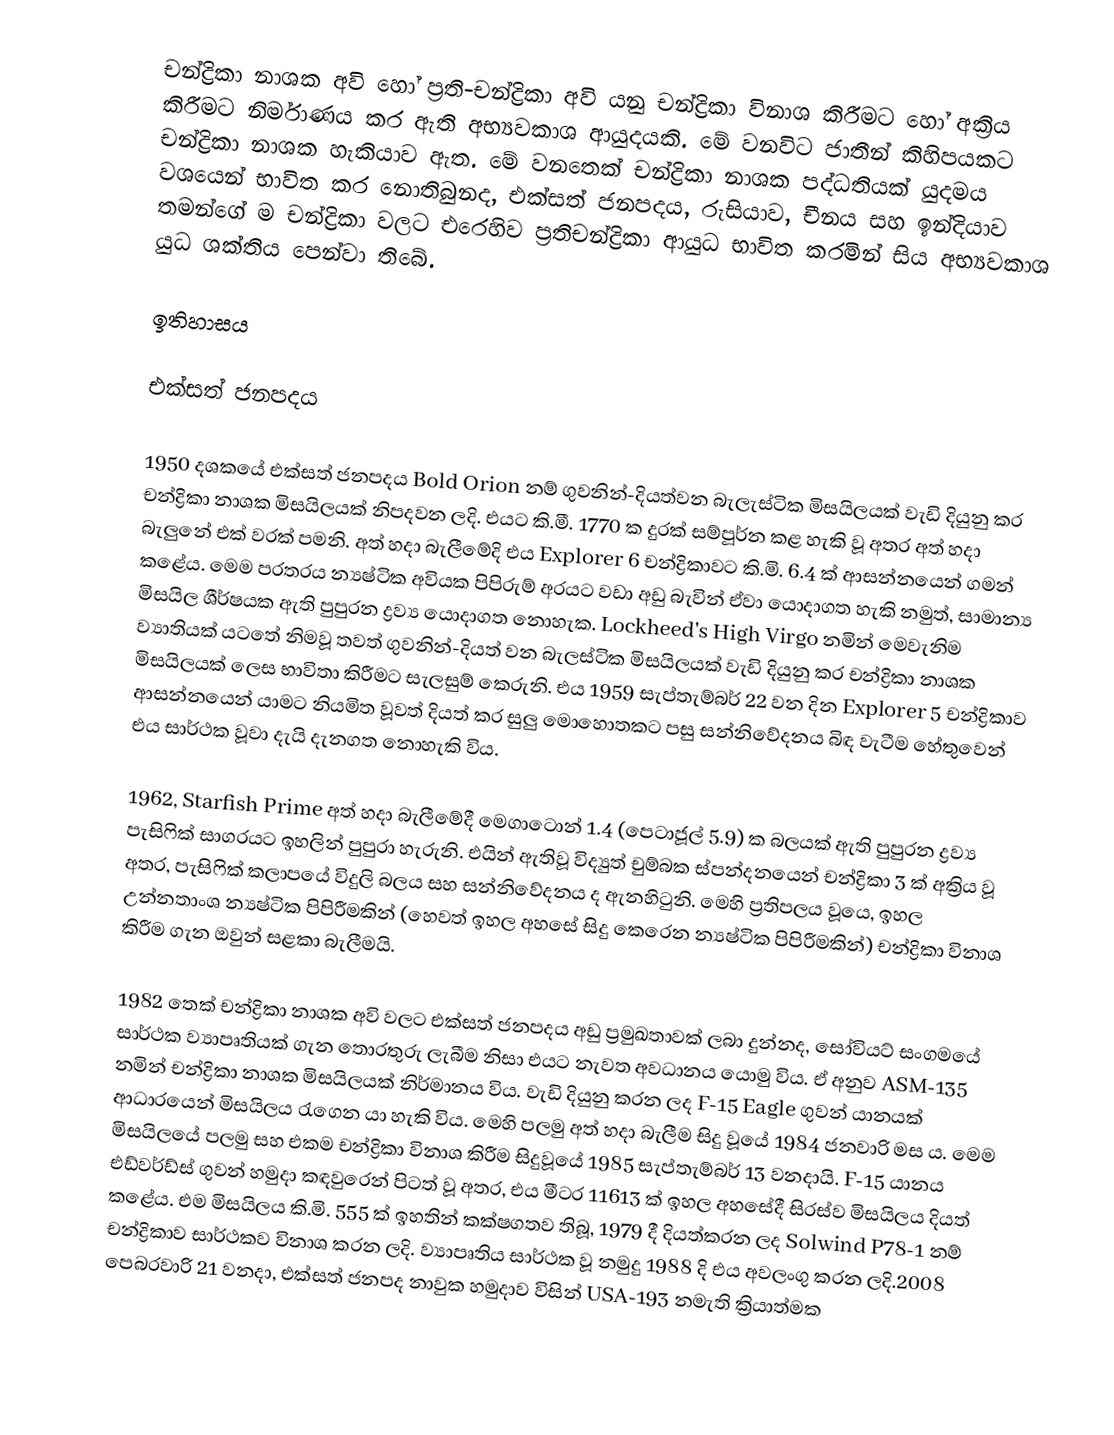
චන්ද්‍රිකා නාශක අවි හෝ ප්‍රති-චන්ද්‍රිකා අවි යනු චන්ද්‍රිකා විනාශ කිරීමට හෝ අක්‍රිය කිරීමට නිර්මාණය කර ඇති අභ්‍යවකාශ ආයුදයකි. මේ වනවිට ජාතීන් කිහිපයකට චන්ද්‍රිකා නාශක හැකියාව ඇත. මේ වනතෙක් චන්ද්‍රිකා නාශක පද්ධතියක් යුදමය වශයෙන් භාවිත කර නොතිබුනද, එක්සත් ජනපදය, රුසියාව, චීනය සහ ඉන්දියාව තමන්ගේ ම චන්ද්‍රිකා වලට එරෙහිව ප්‍රතිචන්ද්‍රිකා ආයුධ භාවිත කරමින් සිය අභ්‍යවකාශ යුධ ශක්තිය පෙන්වා තිබේ.

ඉතිහාසය

එක්සත් ජනපදය

1950 දශකයේ එක්සත් ජනපදය Bold Orion නම් ගුවනින්-දියත්වන බැලැස්ටික මිසයිලයක් වැඩි දියුනු කර චන්ද්‍රිකා නාශක මිසයිලයක් නිපදවන ලදි. එයට කි.මී. 1770 ක දුරක් සම්පූර්න කළ හැකි වූ අතර අත් හදා බැලුනේ එක් වරක් පමනි. අත් හදා බැලීමේදි එය Explorer 6 චන්ද්‍රිකාවට කි.මි. 6.4 ක් ආසන්නයෙන් ගමන් කළේය. මෙම පරතරය න්‍යෂ්ටික අවියක පිපිරුම් අරයට වඩා අඩු බැවින් ඒවා යොදාගත හැකි නමුත්, සාමාන්‍ය මිසයිල ශීර්ෂයක ඇති පුපුරන ද්‍රව්‍ය යොදාගත නොහැක. Lockheed's High Virgo නමින් මෙවැනිම ව්‍යාතියක් ‍යටතේ නිමවූ තවත් ගුවනින්-දියත් වන බැලස්ටික මිසයිලයක් වැඩි දියුනු කර චන්ද්‍රිකා නාශක මිසයිලයක් ලෙස භාවිතා කිරීමට සැලසුම් කෙරුනි. එය 1959 සැප්තැම්බර් 22 වන දින Explorer 5 චන්ද්‍රිකාව ආසන්නයෙන් යාමට නියමිත වූවත් දියත් කර සුලු මොහොතකට පසු සන්නිවේදනය බිඳ වැටීම හේතුවෙන් එය සාර්ථක වූවා දැයි දැනගත නොහැකි විය.

1962, Starfish Prime අත් හදා බැලීමේදී මෙගාටොන් 1.4 (පෙටාජූල් 5.9) ක බලයක් ඇති පුපුරන ද්‍රව්‍ය පැසිෆික් සාගරයට ඉහලින් පුපුරා හැරුනි. එයින් ඇතිවූ විද්‍යුත් චුම්බක ස්පන්දනයෙන් චන්ද්‍රිකා 3 ක් අක්‍රිය වූ අතර, පැසිෆික් කලාපයේ විදුලි බලය සහ සන්නිවේදනය ද ඇනහිටුනි. මෙහි ප්‍රතිපලය වූයෙ, ඉහල උන්නතාංශ න්‍යෂ්ටික පිපිරීමකින් (හෙවත් ඉහල අහසේ සිදු කෙරෙන න්‍යෂ්ටික පිපිරීමකින්) චන්ද්‍රිකා විනාශ කිරීම ගැන ඔවුන් සළකා බැලීමයි.

1982 තෙක් චන්ද්‍රිකා නාශක අවි වලට එක්සත් ජනපදය අඩු ප්‍රමුඛතාවක් ලබා දුන්නද, සෝවියට් සංගමයේ සාර්ථක ව්‍යාපෘතියක් ගැන තොරතුරු ලැබීම නිසා එයට නැවත අවධානය යොමු විය. ඒ අනුව ASM-135 නමින් චන්ද්‍රිකා නාශක මිසයිලයක් නිර්මානය විය. වැඩි දියුනු කරන ලද F-15 Eagle ගුවන් යානයක් ආධාරයෙන් මිසයිලය රැගෙන යා හැකි විය. මෙහි පලමු අත් හදා බැලීම සිදු වූයේ 1984 ජනවාරි මස ය. මෙම මිසයිලයේ පලමු සහ එකම චන්ද්‍රිකා විනාශ කිරීම සිදුවූයේ 1985 සැප්තැම්බර් 13 වනදායි. F-15 යානය එඩ්වර්ඩ්ස් ගුවන් හමුදා කඳවුරෙන් පිටත් වූ අතර, එය මීටර 11613 ක් ඉහල අහසේදී සිරස්ව මිසයිලය දියත් කළේය. එම මිසයිලය කි.මි. 555 ක් ඉහතින් කක්ෂගතව තිබූ, 1979 දී දියත්කරන ලද Solwind P78-1 නම් චන්ද්‍රිකාව සාර්ථකව විනාශ කරන ලදි. ව්‍යාපෘතිය සාර්ථක වූ නමුදු 1988 දි එය අවලංගු කරන ලදි.2008 පෙබරවාරි 21 වනදා, එක්සත් ජනපද නාවුක හමුදාව විසින් USA-193 නමැති ක්‍රියාත්මක